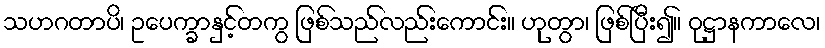
သဟဂတာပိ၊ ဥပေက္ခာနှင့်တကွ ဖြစ်သည်လည်းကောင်း။ ဟုတွာ၊ ဖြစ်ပြီး၍။ ဝုဋ္ဌာနကာလေ၊